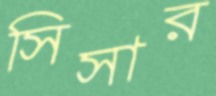
সিসার